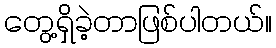
တွေ့ရှိခဲ့တာဖြစ်ပါတယ်။